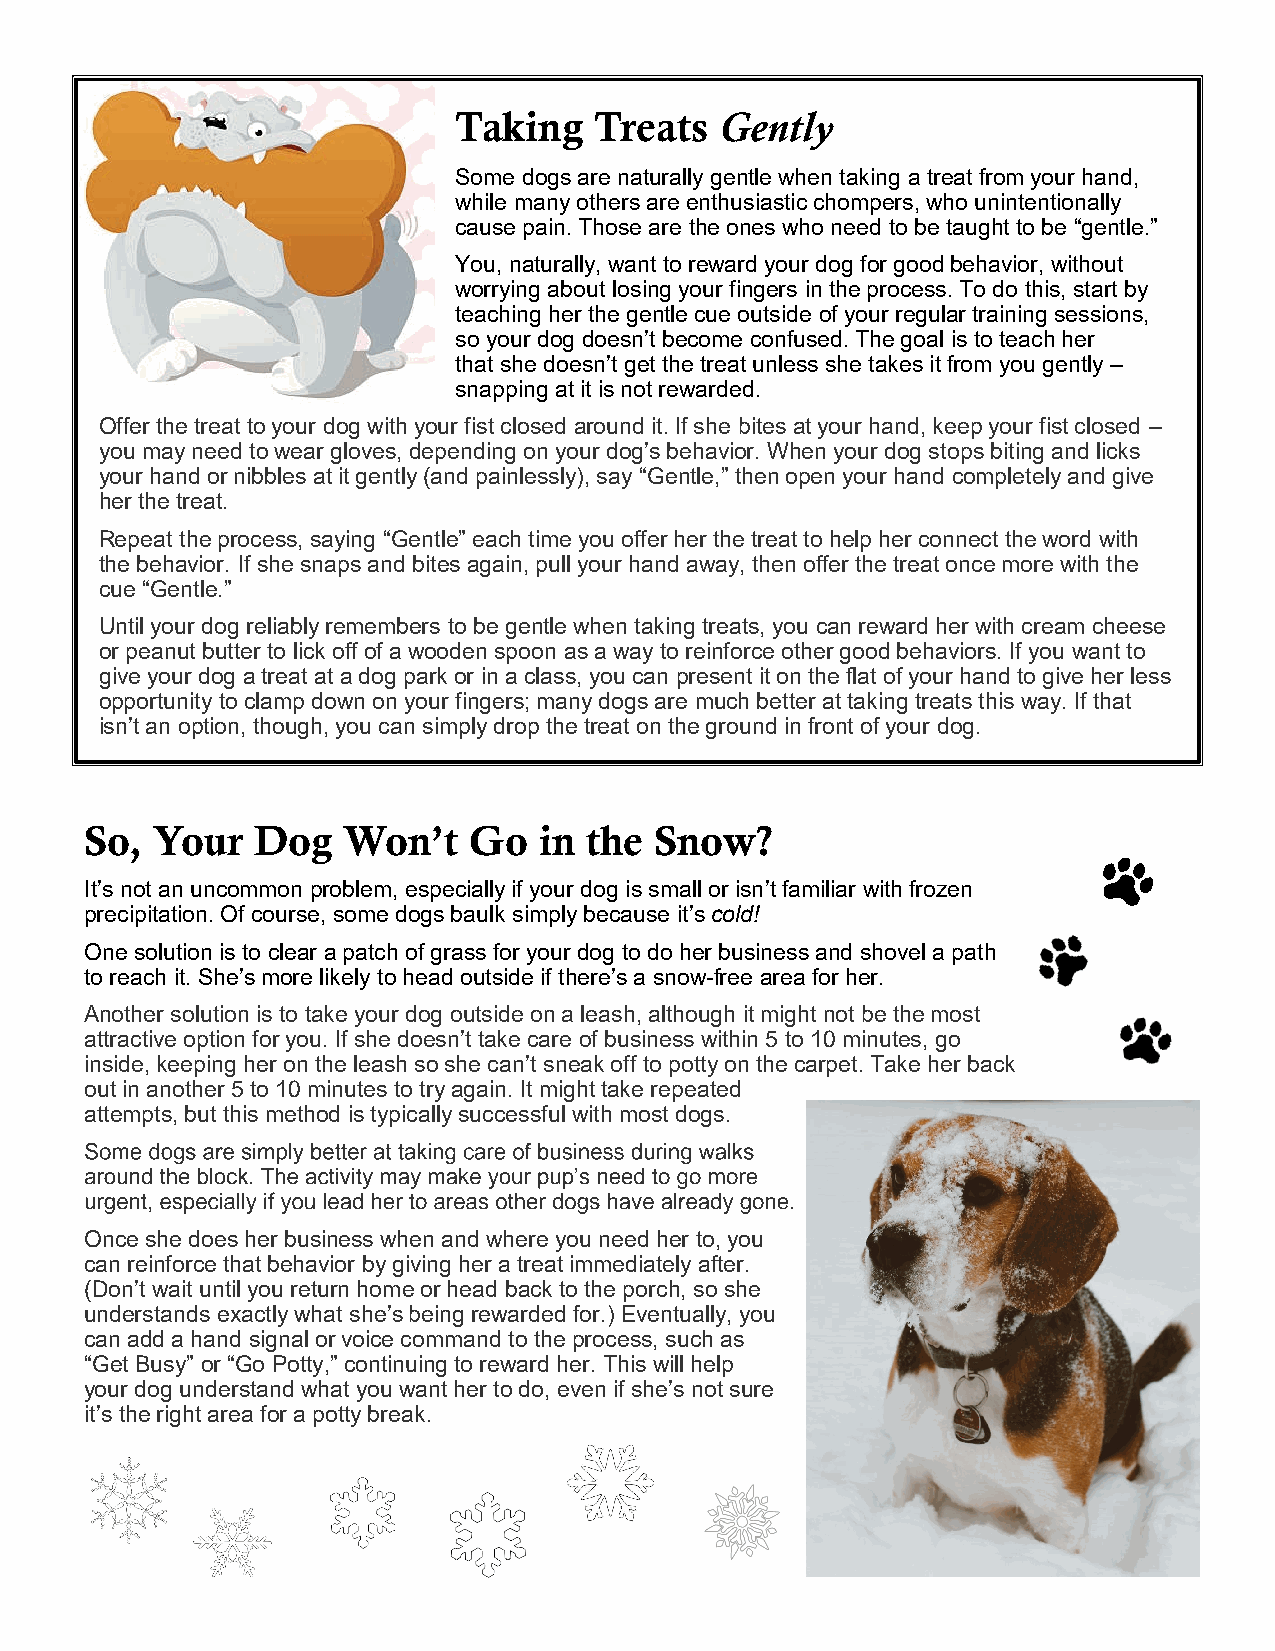
Taking   Treats   Gently
 Some dogs are naturally gentle when taking a treat from your hand,
 while many others are enthusiastic chompers, who unintentionally
 cause pain. Those are the ones who need to be taught to be “gentle.”
 You, naturally, want to reward your dog for good behavior, without
 worrying about losing your fingers in the process. To do this, start by
 teaching her the gentle cue outside of your regular training sessions,
 so your dog doesn’t become confused. The goal is to teach her
 that she doesn’t get the treat unless she takes it from you gently –
 snapping at it is not rewarded.
 Offer the treat to your dog with your fist closed around it. If she bites at your hand, keep your fist closed –
 you may need to wear gloves, depending on your dog’s behavior. When your dog stops biting and licks
 your hand or nibbles at it gently (and painlessly), say “Gentle,” then open your hand completely and give
 her the treat.
 Repeat the process, saying “Gentle” each time you offer her the treat to help her connect the word with
 the behavior. If she snaps and bites again, pull your hand away, then offer the treat once more with the
 cue “Gentle.”
 Until your dog reliably remembers to be gentle when taking treats, you can reward her with cream cheese
 or peanut butter to lick off of a wooden spoon as a way to reinforce other good behaviors. If you want to
 give your dog a treat at a dog park or in a class, you can present it on the flat of your hand to give her less
 opportunity to clamp down on your fingers; many dogs are much better at taking treats this way. If that
 isn’t an option, though, you can simply drop the treat on the ground in front of your dog.
 So, Your   Dog   Won’t   Go   in the Snow?
 It’s not an uncommon problem, especially if your dog is small or isn’t familiar with frozen
 precipitation. Of course, some dogs baulk simply because it’s cold!
 One solution is to clear a patch of grass for your dog to do her business and shovel a path
 to reach it. She’s more likely to head outside if there’s a snow-free area for her.
 Another solution is to take your dog outside on a leash, although it might not be the most
 attractive option for you. If she doesn’t take care of business within 5 to 10 minutes, go
 inside, keeping her on the leash so she can’t sneak off to potty on the carpet. Take her back
 out in another 5 to 10 minutes to try again. It might take repeated
 attempts, but this method is typically successful with most dogs.
 Once she does her business when and where you need her to, you
 can reinforce that behavior by giving her a treat immediately after.
 (Don’t wait until you return home or head back to the porch, so she
 understands exactly what she’s being rewarded for.) Eventually, you
 can add a hand signal or voice command to the process, such as
 “Get Busy” or “Go Potty,” continuing to reward her. This will help
 your dog understand what you want her to do, even if she’s not sure
 it’s the right area for a potty break.